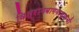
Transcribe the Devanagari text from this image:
विश्रामबागवाड्याची